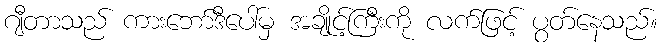
ဂျီတာသည် ကားဘော်ဒီပေါ်မှ အချိုင့်ကြီးကို လက်ဖြင့် ပွတ်နေသည်။